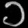
Digit: ၁